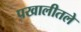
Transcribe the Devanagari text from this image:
पखालीतले